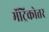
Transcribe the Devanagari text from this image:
मॅट्रिकोत्तर